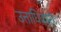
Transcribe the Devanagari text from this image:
उत्ताधिकारी।